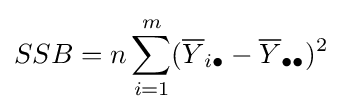
SSB=n\sum _{i=1}^{m}({\overline {Y}}_{i\bullet }-{\overline {Y}}_{\bullet \bullet })^{2}